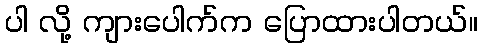
ပါ လို့ ကျားပေါက်က ပြောထားပါတယ်။